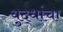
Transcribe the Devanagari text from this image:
युद्धांचा